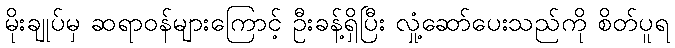
မိုးချုပ်မှ ဆရာဝန်များကြောင့် ဦးခန့်ရှိပြီး လှုံ့ဆော်ပေးသည်ကို စိတ်ပူရ